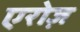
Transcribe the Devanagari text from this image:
एरोज़